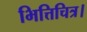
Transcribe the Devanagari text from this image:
भित्तिचित्र।